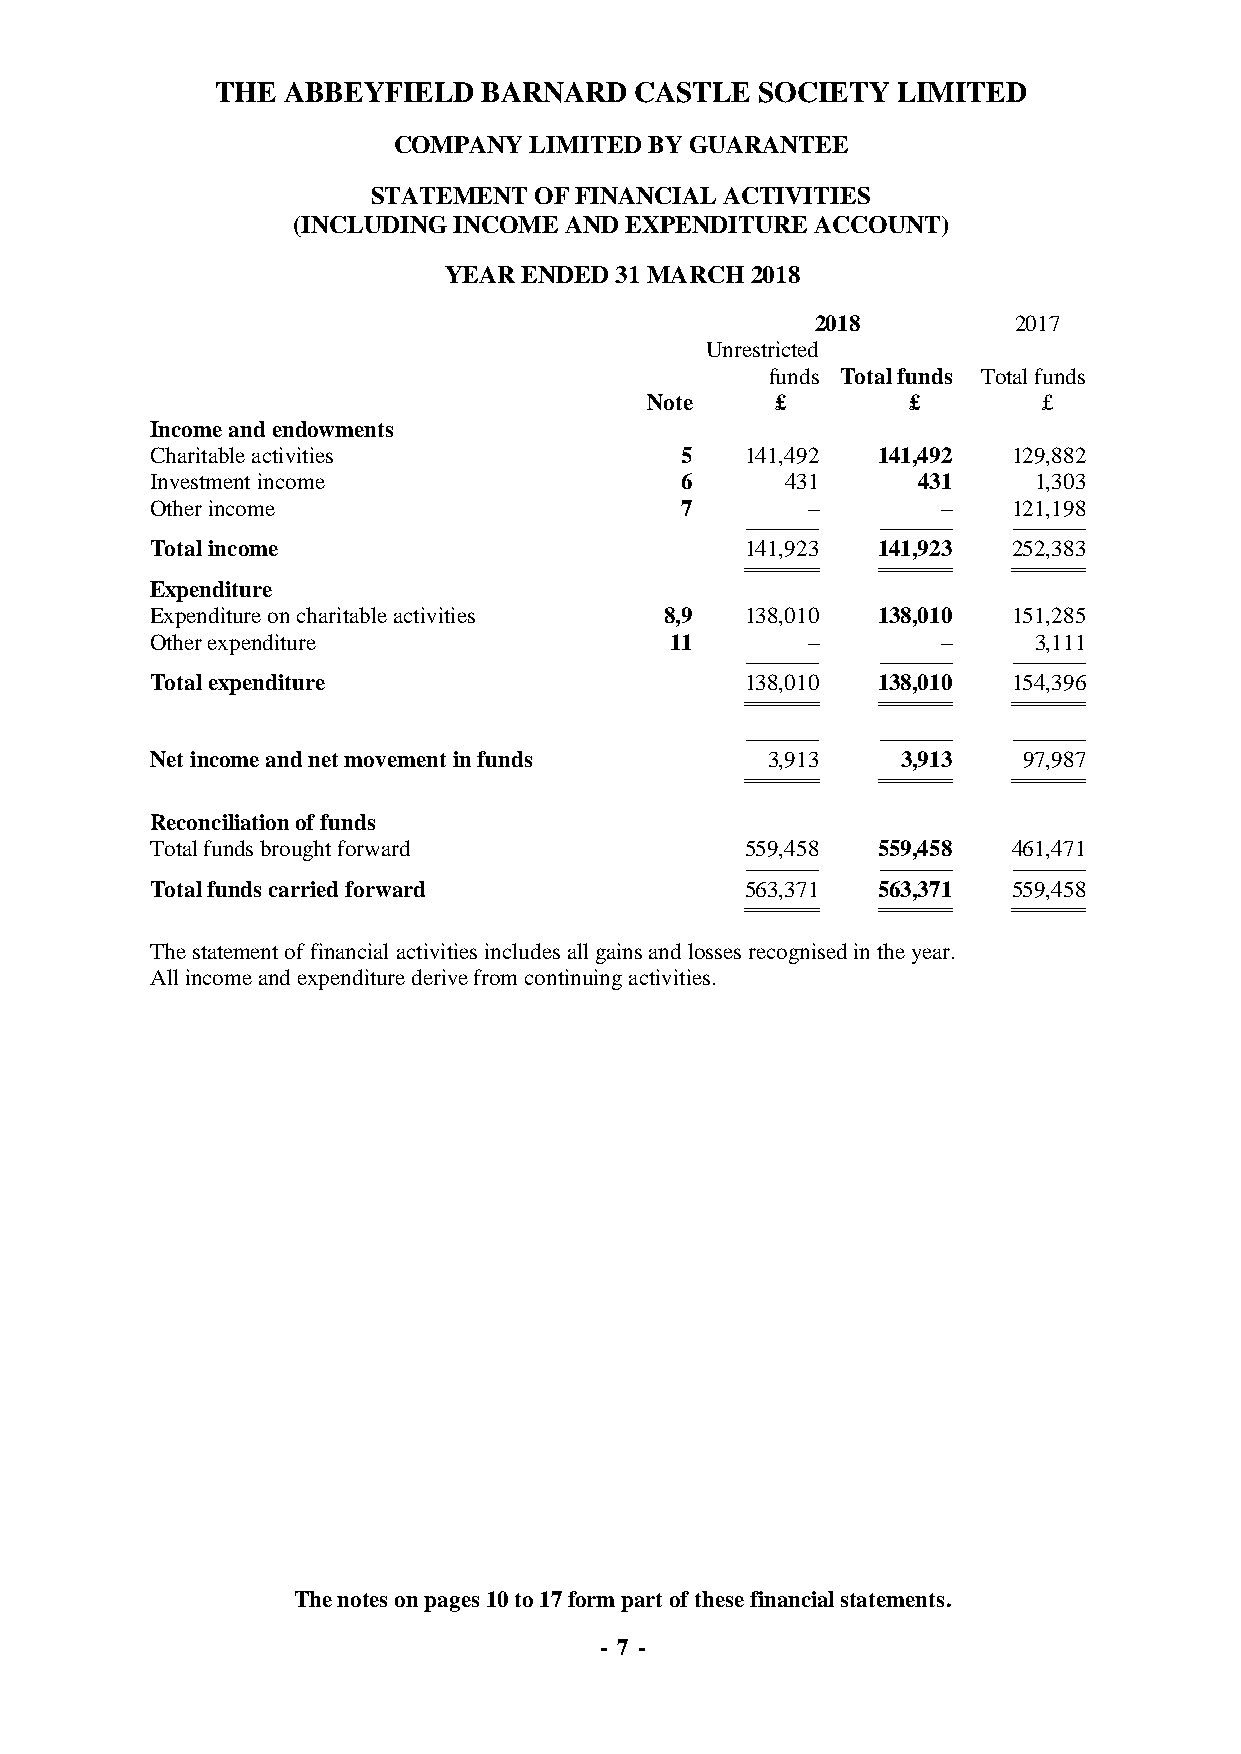
THE  ABBEYFIELD   BARNARD   CASTLE  SOCIETY  LIMITED
 COMPANY  LIMITED BY GUARANTEE
 STATEMENT OF FINANCIAL ACTIVITIES
 (INCLUDING INCOME AND EXPENDITURE  ACCOUNT)
 YEAR  ENDED 31 MARCH 2018
 2018         2017
 Unrestricted
 funds Total funds Total funds
 Note    £        £        £
 Income and endowments
 Charitable activities              5   141,492  141,492  129,882
 Investment income                  6      431      431    1,303
 Other income                       7       –        –    121,198
 ------------------------------------ ------------------------------------ ------------------------------------
 Total income                           141,923  141,923  252,383
 ==================================== ==================================== ====================================
 Expenditure
 Expenditure on charitable activities 8,9 138,010 138,010 151,285
 Other expenditure                 11       –        –     3,111
 ------------------------------------ ------------------------------------ ------------------------------------
 Total expenditure                      138,010  138,010  154,396
 ==================================== ==================================== ====================================
 ------------------------------------ ------------------------------------ ------------------------------------
 Net income and net movement in funds     3,913    3,913   97,987
 ==================================== ==================================== ====================================
 Reconciliation of funds
 Total funds brought forward            559,458  559,458  461,471
 ------------------------------------ ------------------------------------ ------------------------------------
 Total funds carried forward            563,371  563,371  559,458
 ==================================== ==================================== ====================================
 The statement of financial activities includes all gains and losses recognised in the year.
 A ll income and expenditure derive from continuing activities.
 The notes on pages 10 to 17 form part of these financial statements.
 - 7 -